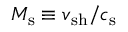
M _ { \mathrm { s } } \equiv v _ { \mathrm { s h } } / c _ { \mathrm { s } }